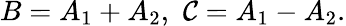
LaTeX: B=A_{1}+A_{2},\thinspace\thinspace\mathcal{C}=A_{1}-A_{2}.